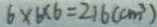
6 \times 6 \times 6 = 2 1 6 ( c m ^ { 3 } )